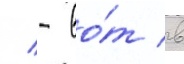
/ - во́т в